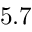
5 . 7